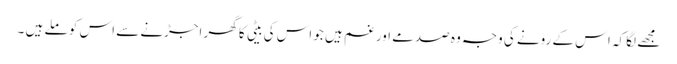
مجھے لگا کہ اس کے رونے کی وجہ وہ صدمے اور غم ہیں جو اس کی بیٹی کا گھر اجڑنے سے اس کو ملے ہیں ۔